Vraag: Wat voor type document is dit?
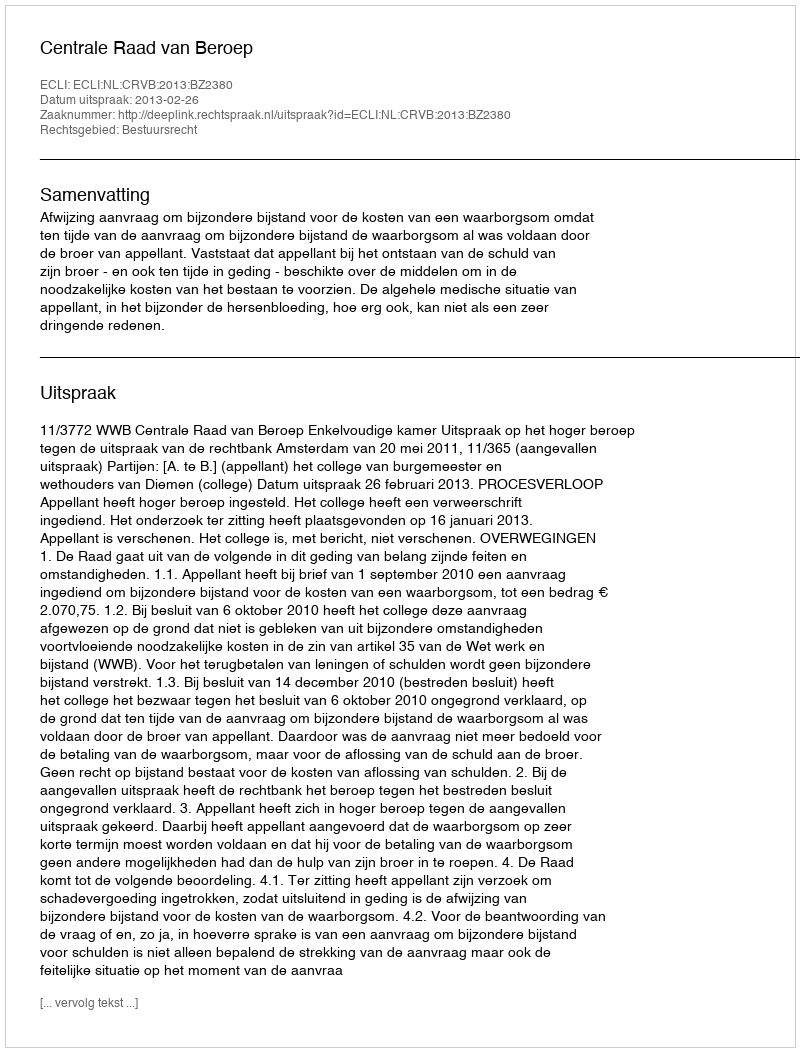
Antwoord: Uitspraak